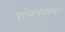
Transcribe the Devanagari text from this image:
शोकस्वरूप